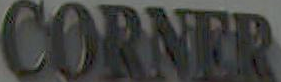
CORNER